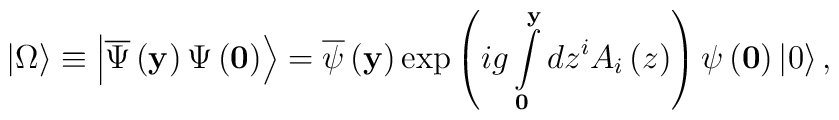
\left| \Omega  \right\rangle  \equiv \left|\overline \Psi \left({\bf y} \right)\Psi \left( {\bf 0} \right)   \right\rangle =\overline \psi \left( {\bf y} \right)\exp \left({ig\int\limits_{\bf 0}^{\bf y} {dz^i A_i \left( z \right)} }\right)\psi \left( {\bf 0} \right)\left| 0 \right\rangle ,